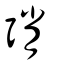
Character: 弰